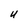
Character: U